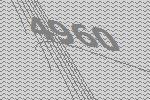
4960